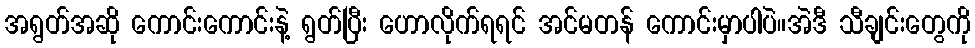
အရွတ်အဆို ကောင်းကောင်းနဲ့ ရွတ်ပြီး ဟောလိုက်ရရင် အင်မတန် ကောင်းမှာပါပဲ။အဲဒီ သီချင်းတွေကို